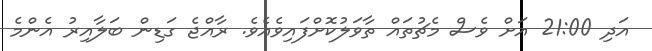
އަދި 21:00 އަށް ވެސް މެޗުތައް ތާވަލުކޮށްފައިވެއެވެ. ރާާއްޖެ ގަޑިން ބަލާއިރު އެންމެ